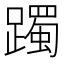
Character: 躅